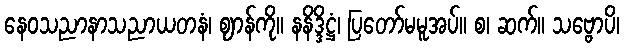
နေဝသညာနာသညာယတနံ၊ ဈာန်ကို။ နနိဒ္ဒိဋ္ဌံ၊ ပြတော်မမူအပ်။ စ၊ ဆက်။ သဗ္ဗောပိ၊